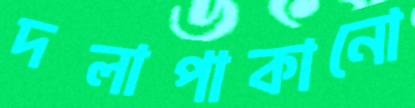
দলাপাকানো